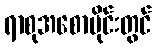
ရာစုအစောပိုင်းတွင်